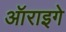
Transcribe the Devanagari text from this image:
ऑराइगे